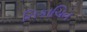
નિકાચિત